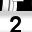
Digit: 2